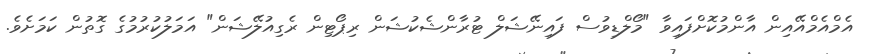
އެމްއެމްއޭއިން އާންމުކޮށްފައިވާ "މޯލްޑިވުސް ފައިނޭޝަލް ޓުރާންޝެކުޝަން ރިޕޯޓިން ރެގިއުލޭޝަން" އަމަލުކުރުމުގެ ގޮތުން ކަމަށެވެ.